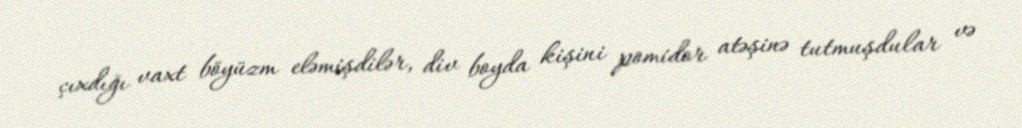
çıxdığı vaxt böyüzm eləmişdilər, div boyda kişini pomidor atəşinə tutmuşdular və